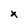
Character: x